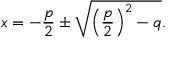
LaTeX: x = - { \frac { p } { 2 } } \pm { \sqrt { \left( { \frac { p } { 2 } } \right) ^ { 2 } - q } } .